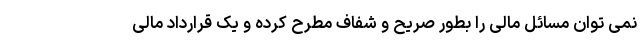
نمی توان مسائل مالی را بطور صریح و شفاف مطرح کرده و یک قرارداد مالی